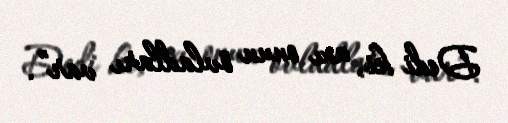
Dedi ki, axı onun övladları var”.